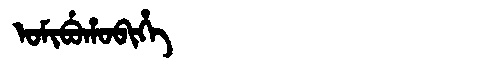
Manchu: ᠣᠮᡳᠪᡠᡥᠣᠪᡳᡥᡝ
Romanization: OMIBUHOBIHE